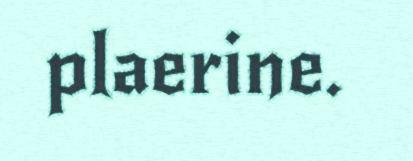
plaerine.